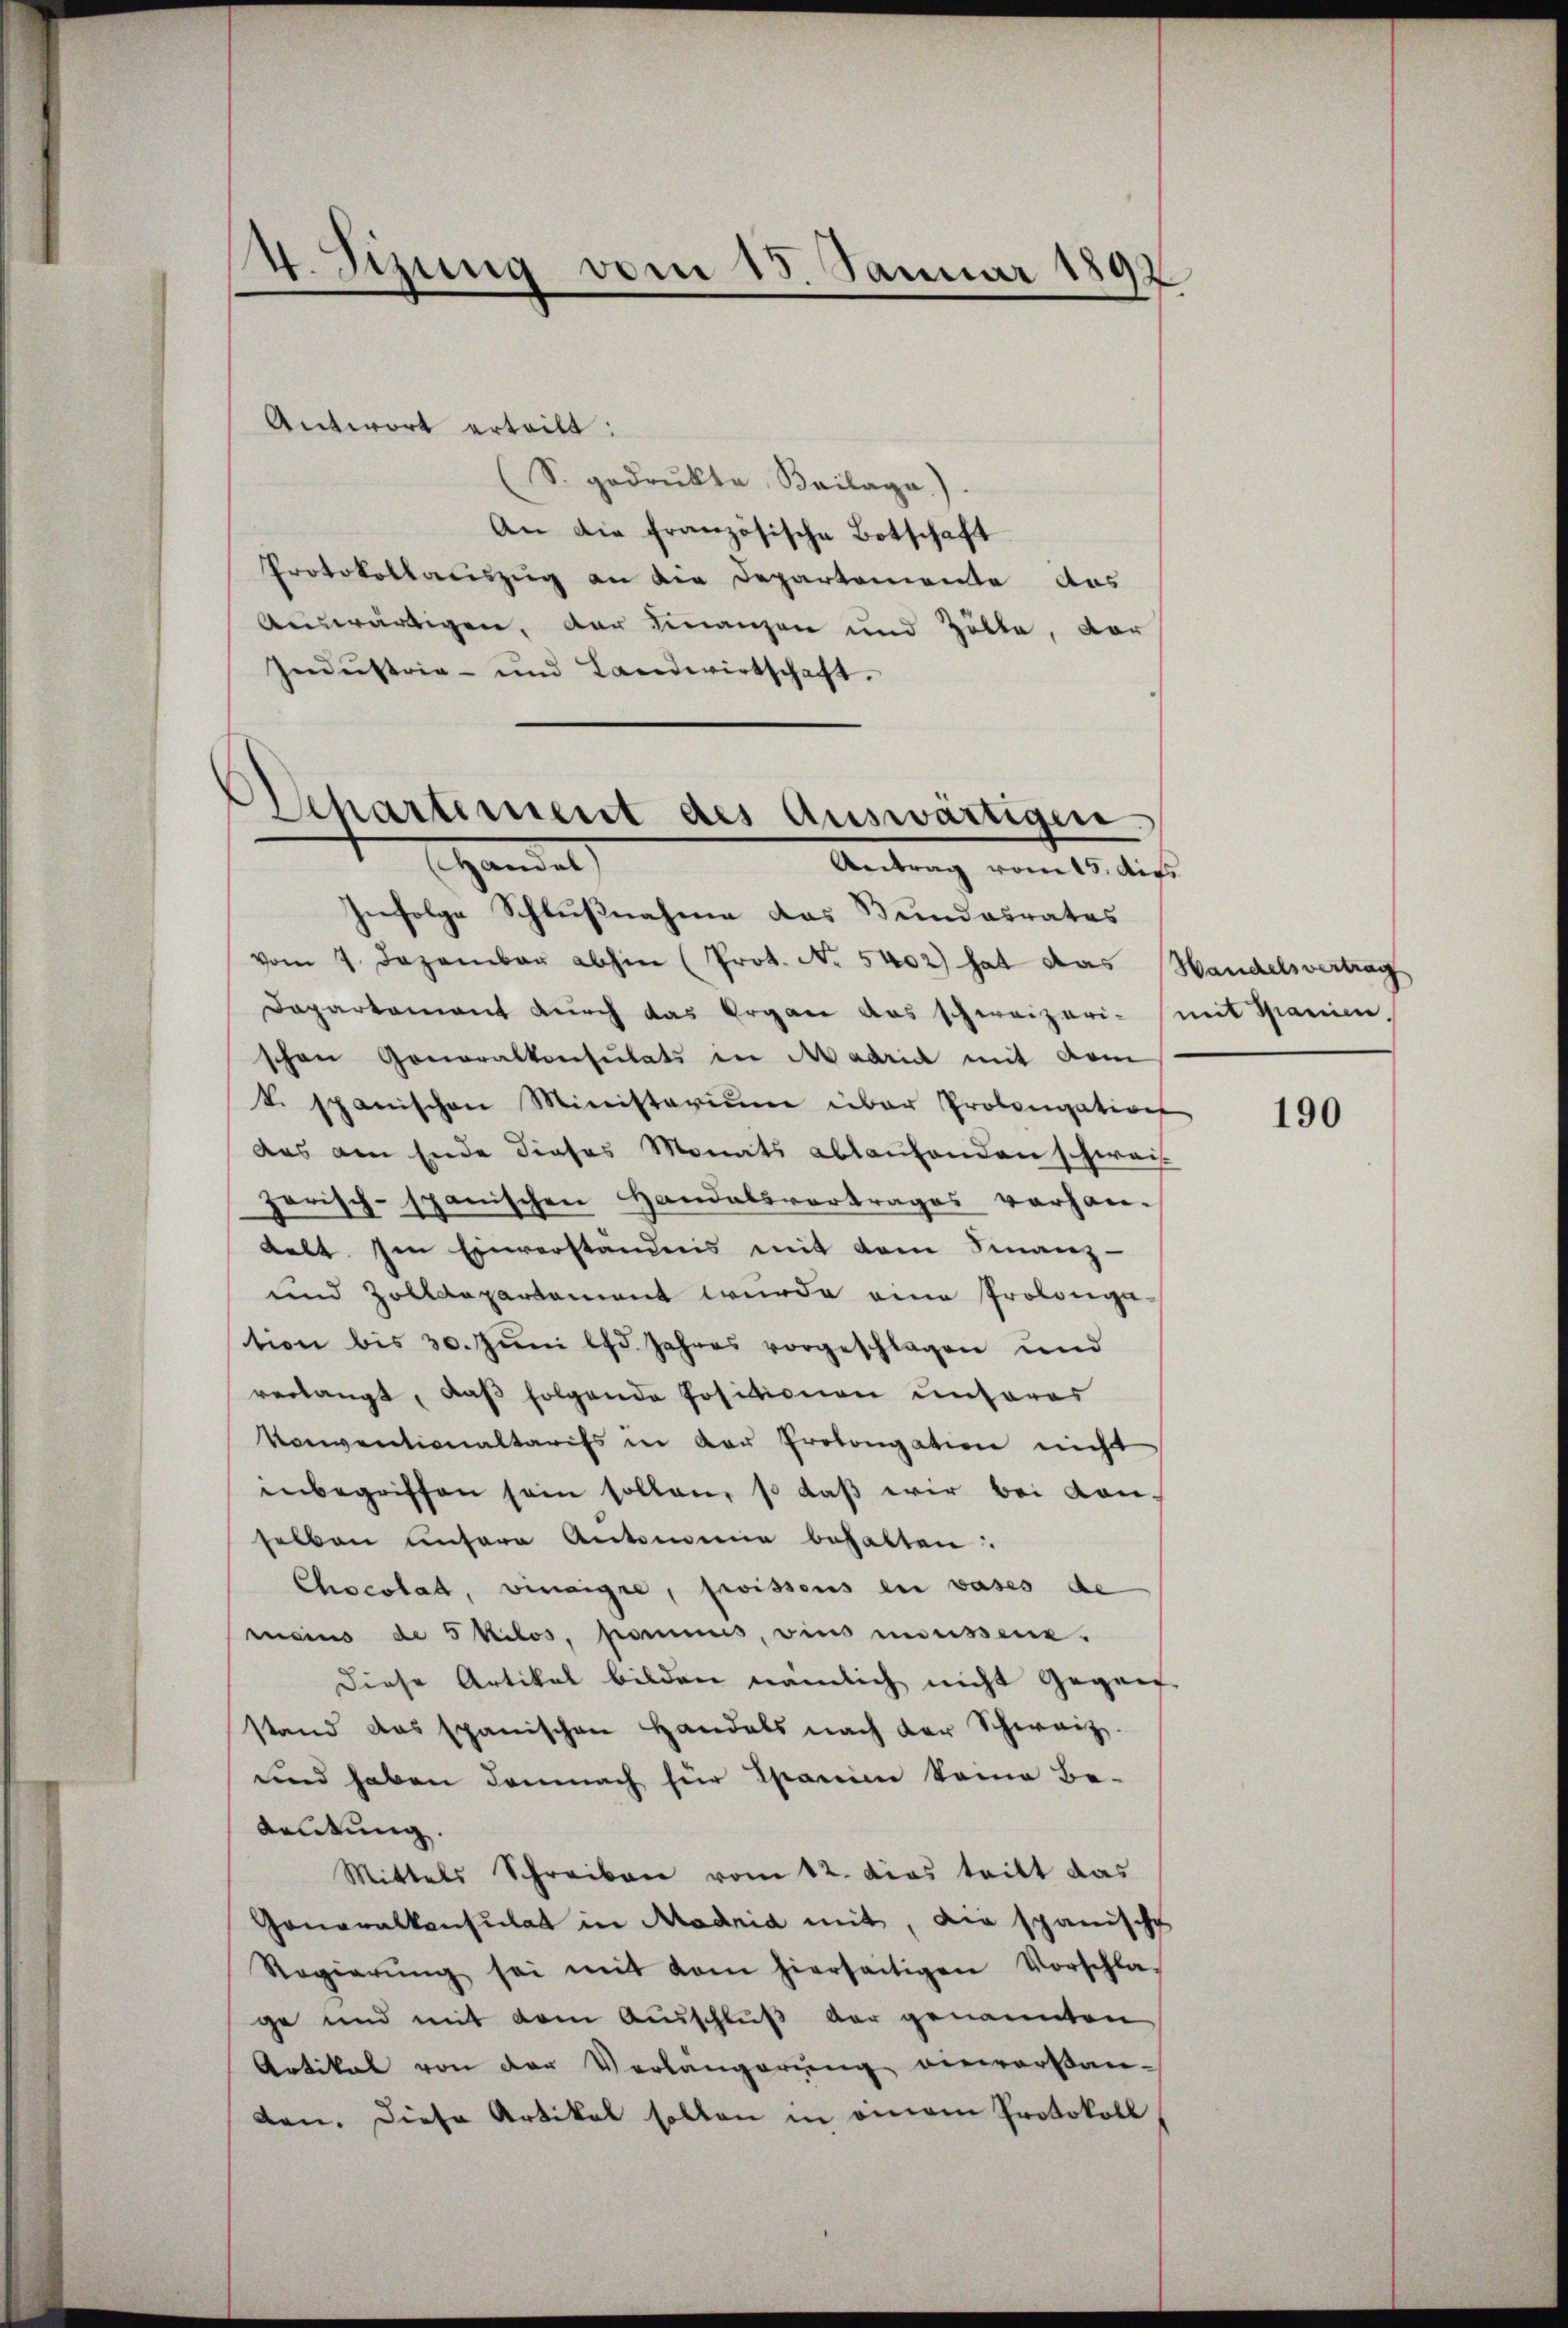
4. Sizung vom 15. Januar 1892.
r

Departement des Auswärtigen.
Handel
Antrag vom 15. des

Antwort erteilt:
S. gedrukte Beilage).
An die französische Botschaft
Protokollaciszug an die Departemente das
Auswärtigen, der Finanzen und Zölle, vor
Industria- und Landwirtschaft.
Infolge Schlußnahme das Bundesrates
vom 7. Dezember abhin (Prot. No. 5402) hat das Handelsvertrag
Dapartement durch das Organ das schweizeri-
schen Generalkonsulats in Madrid mit vom
t spanischen Ministerium über Prolongation
aus am Ende dieses Monats ablaufenden schwei
Jarisch-spanischen Handelsvortrages vorhan-
delt. Im Einverständnis mit dem Finanz-
und Zolldepartament wurde eine Prolongation bis 30. Juni lfd. Jahres vorgeschlagen und
verlangt, daβ folgende Positionen unseres
Konventionaltarifs in der Prolongation nicht
inbegriffen sein sollen, so daβ wir bei Kon-
selben unsere Antomie behalten.
Chocolat, vineigte, wissens ein vases de
mains de 5 Kilos, pommes, vins menissene.
Diese Artikel bilden nämlich nicht Gegen-
stand das spanischen Handels nach der Schweiz.
und haben demnach für Spanien kame Be-
Kaltung.
Mittels Schreiben vom 12. das teilt das
Gonawalkensulat in Madrid mit, die spanische
Regierŭng sei mit dem hierseitigen Vorschla-
ge und mit dem Ausschluß der genannten
Artikal von der Verlängerŭng viervorstan-
den. Diese Artikel sollen in einem Protokoll

mit Spanien.

190